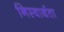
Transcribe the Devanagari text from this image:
निस्वार्थता